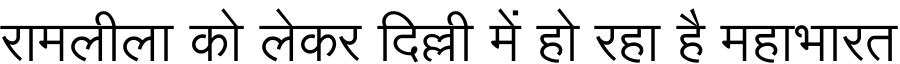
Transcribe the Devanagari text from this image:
रामलीला को लेकर दिल्ली में हो रहा है महाभारत